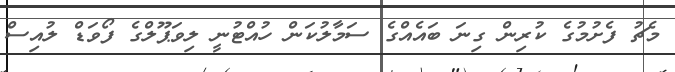
މެޗު ފެށުމުގެ ކުރިން ގިނަ ބައެއްގެ ސަމާލުކަން ހުއްޓުނީ ލިވަޕޫލްގެ ފޯވަޑް ލުއިސް